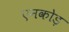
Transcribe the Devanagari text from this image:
एनकोड़